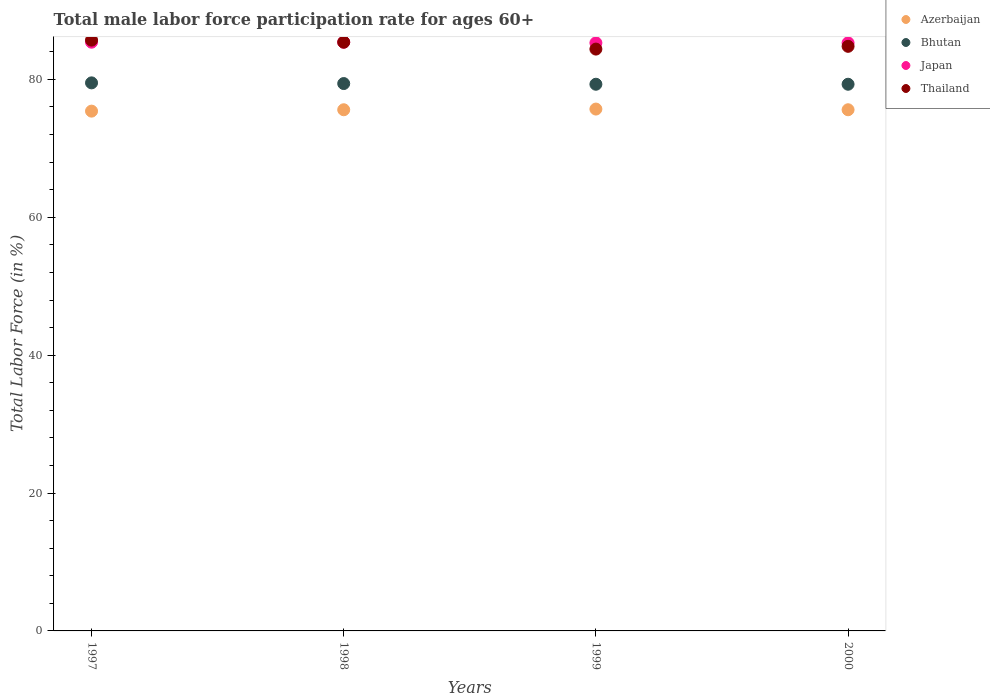
| Years | Azerbaijan | Bhutan | Japan | Thailand |
 | --- | --- | --- | --- | --- |
 | 1997 | 75.4 | 79.5 | 85.4 | 85.7 |
 | 1998 | 75.6 | 79.4 | 85.4 | 85.4 |
 | 1999 | 75.7 | 79.3 | 85.3 | 84.4 |
 | 2000 | 75.6 | 79.3 | 85.3 | 84.8 |